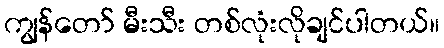
ကျွန်တော် မီးသီး တစ်လုံးလိုချင်ပါတယ်။